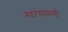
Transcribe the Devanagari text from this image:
नदरंसामनी